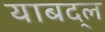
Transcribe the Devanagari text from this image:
याबद्ल